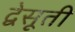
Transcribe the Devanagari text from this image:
द्वेसूती